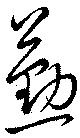
懃